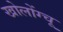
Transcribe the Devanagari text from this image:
खोलोंग्चू